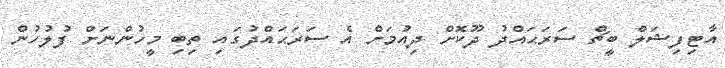
އާޓިފިޝަލް ބީޗް ސަރަޙައްދު ދޫކޮށް ދިއުމަށް އެ ސަރަޙައްދުގައި ތިބި މީހުންނަށް ފުލުހުން